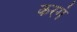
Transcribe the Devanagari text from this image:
करगं